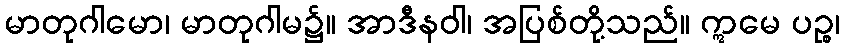
မာတုဂါမော၊ မာတုဂါမ၌။ အာဒီနဝါ၊ အပြစ်တို့သည်။ ဣမေ ပဉ္စ၊